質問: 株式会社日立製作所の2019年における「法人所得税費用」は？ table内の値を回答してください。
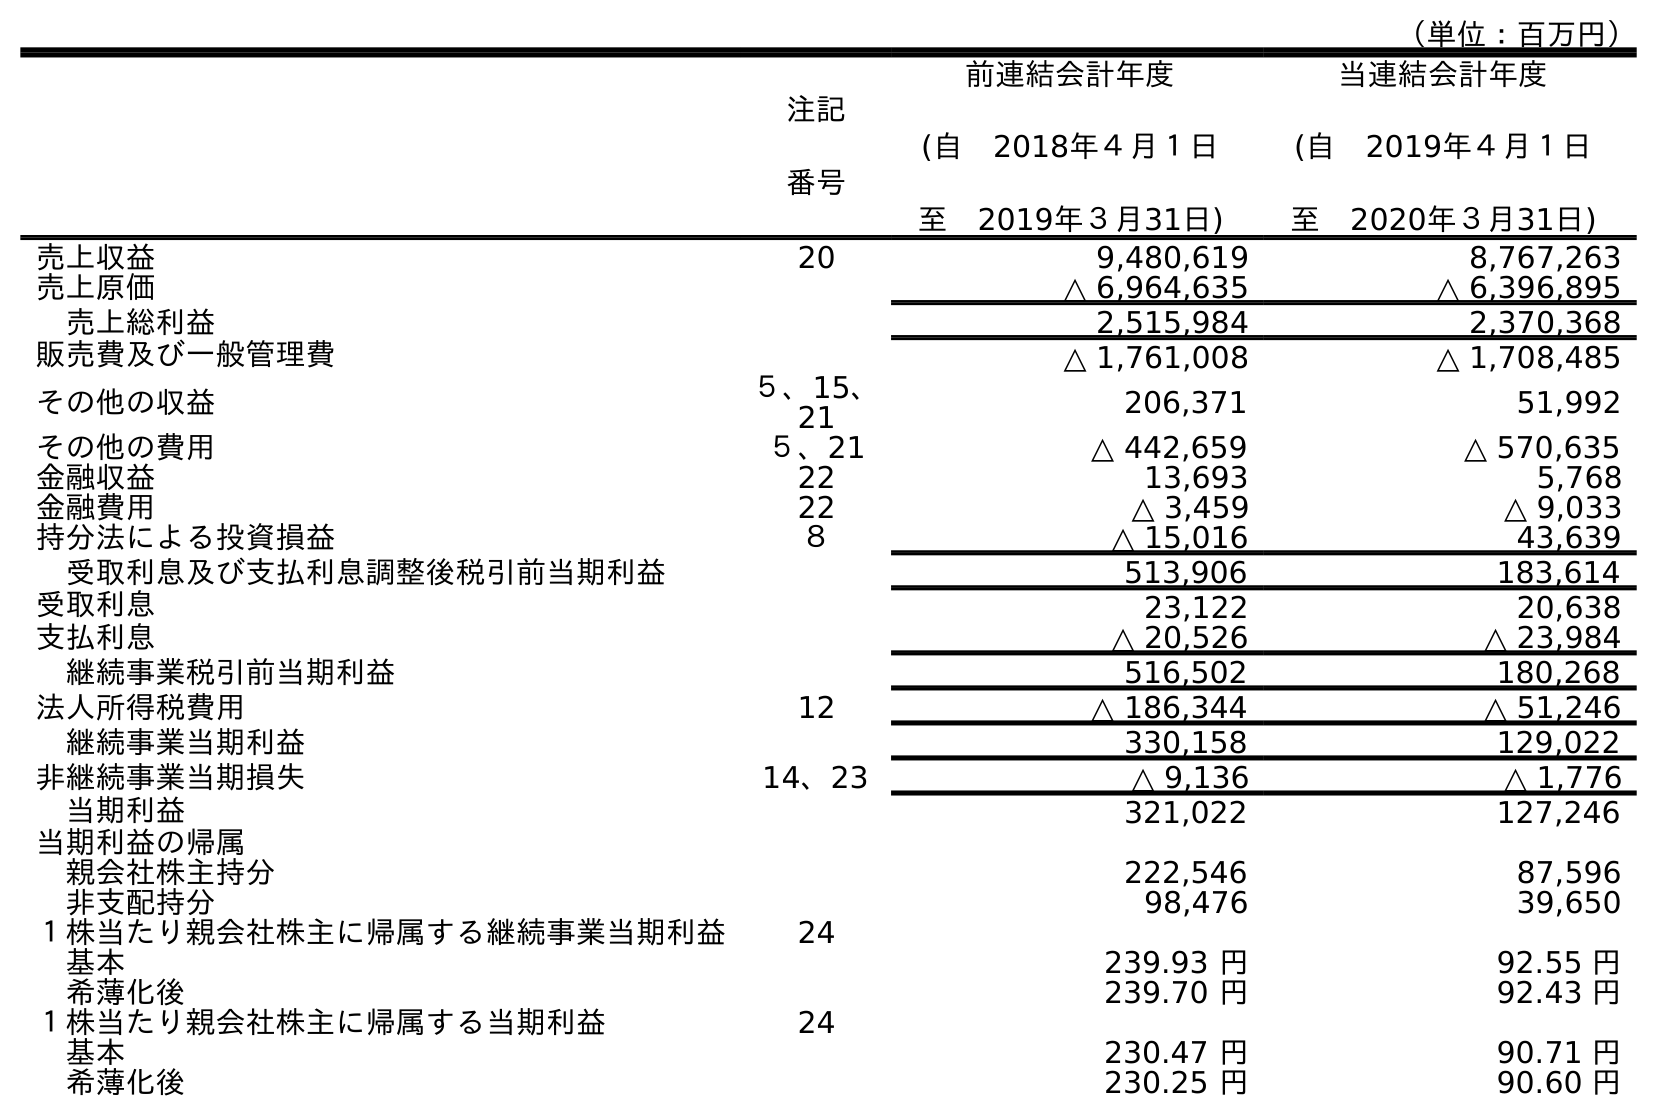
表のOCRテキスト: （単位：百万円） 注記 番号 前連結会計年度 (自 2018年４月１日 至 2019年３月31日) 当連結会計年度 (自 2019年４月１日 至 2020年３月31日) 売上収益 20 9,480,619 8,767,263 売上原価 △ 6,964,635 △ 6,396,895 売上総利益 2,515,984 2,370,368 販売費及び一般管理費 △ 1,761,008 △ 1,708,485 その他の収益 ５、15、 21 206,371 51,992 その他の費用 ５、21 △ 442,659 △ 570,635 金融収益 22 13,693 5,768 金融費用 22 △ 3,459 △ 9,033 持分法による投資損益 ８ △ 15,016 43,639 受取利息及び支払利息調整後税引前当期利益 513,906 183,614 受取利息 23,122 20,638 支払利息 △ 20,526 △ 23,984 継続事業税引前当期利益 516,502 180,268 法人所得税費用 12 △ 186,344 △ 51,246 継続事業当期利益 330,158 129,022 非継続事業当期損失 14、23 △ 9,136 △ 1,776 当期利益 321,022 127,246 当期利益の帰属 親会社株主持分 222,546 87,596 非支配持分 98,476 39,650 １株当たり親会社株主に帰属する継続事業当期利益 24 基本 239.93 円 92.55 円 希薄化後 239.70 円 92.43 円 １株当たり親会社株主に帰属する当期利益 24 基本 230.47 円 90.71 円 希薄化後 230.25 円 90.60 円
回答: △186,344